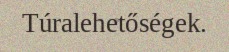
Túralehetőségek.